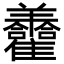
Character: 𦏮